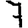
Digit: 7